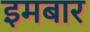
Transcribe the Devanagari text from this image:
इमबार